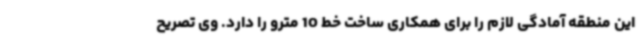
این منطقه آمادگی لازم را برای همکاری ساخت خط 10 مترو را دارد. وی تصریح